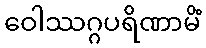
ဝေါဿဂ္ဂပရိဏာမိံ